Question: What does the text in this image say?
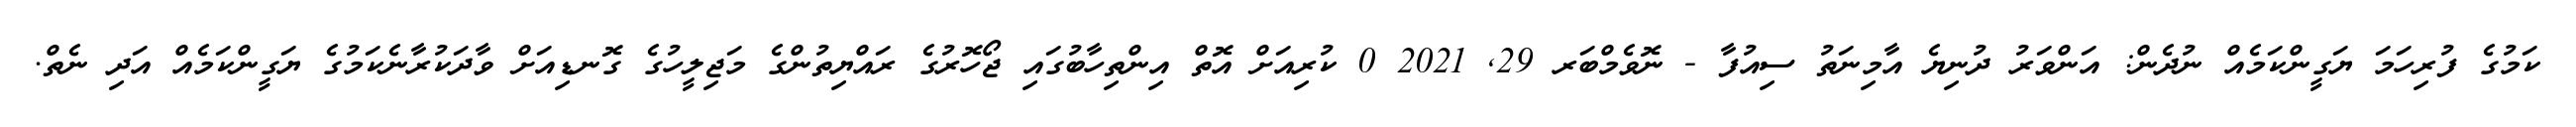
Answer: ކަމުގެ ފުރިހަމަ ޔަގީންކަމެއް ނުދެން: އަންވަރު ދުނިޔެ އާމިނަތު ސިއުފާ - ނޮވެމްބަރ 29, 2021 0 ކުރިއަށް އޮތް އިންތިހާބުގައި ޖޯހޮރުގެ ރައްޔިތުންގެ މަޖިލީހުގެ ގޮނޑިއަށް ވާދަކުރާނެކަމުގެ ޔަގީންކަމެއް އަދި ނެތް.